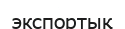
экспортық